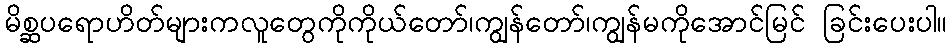
မိစ္ဆပရောဟိတ်များကလူတွေကိုကိုယ်တော်၊ကျွန်တော်၊ကျွန်မကိုအောင်မြင် ခြင်းပေးပါ။